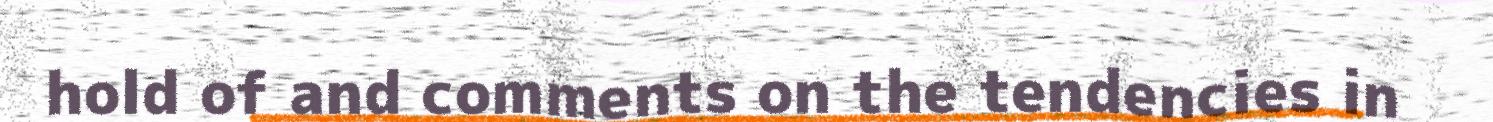
hold of and comments on the tendencies in